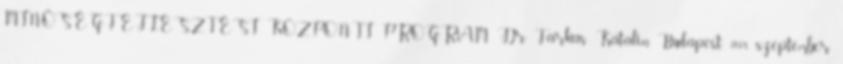
MINŐSÉGFEJLESZTÉSI KÖZPONTI PROGRAM Dr. Farkas Katalin Budapest, 2008. szeptember